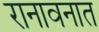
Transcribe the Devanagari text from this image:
रानावनात